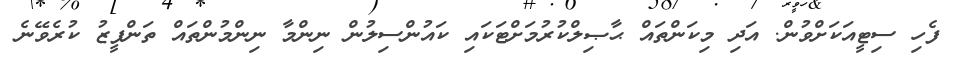
ފެހި ސިޓީއަކަށްވުން. އަދި މިކަންތައް ޙާޞިލްކުރުމަށްޓަކައި ކައުންސިލުން ނިންމާ ނިންމުންތައް ތަންފީޒު ކުރެވޭނެ